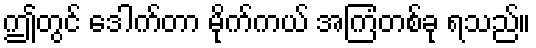
ဤတွင် ဒေါက်တာ မိုက်ကယ် အကြံတစ်ခု ရသည်။